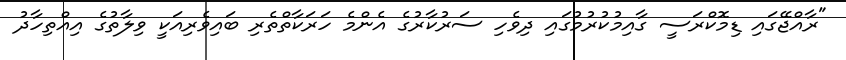
"ރާއްޖޭގައި ޑިމޮކްރަސީ ގާއިމުކުރުމުގައި ދިވެހި ސަރުކާރުގެ އެންމެ ހަރަކާތްތެރި ބައިވެރިއަކީ ވިލާތުގެ އިއްތިހާދު